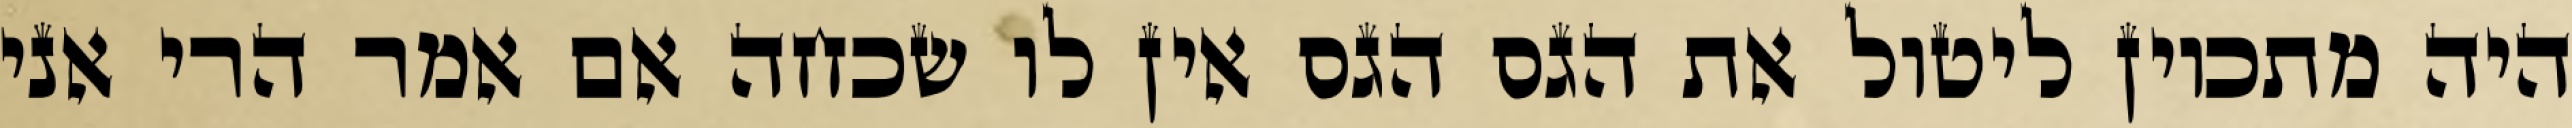
היה מתכוין ליטול את הגס הגס אין לו שכחה אם אמר הרי אני